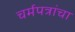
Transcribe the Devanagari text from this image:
चर्मपत्रांचा